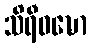
သိရီဝဍ္ဎော